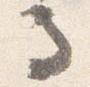
馬